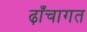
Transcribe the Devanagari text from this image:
ढ़ाँचागत